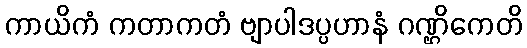
ကာယိကံ ကတာကတံ ဗျာပါဒပ္ပဟာနံ ဂဏ္ဌိကေတိ